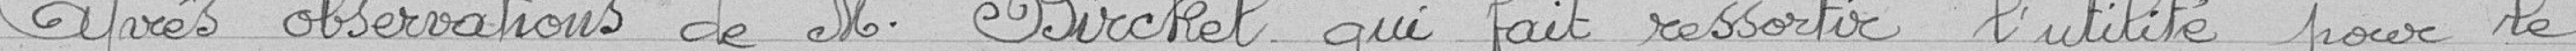
Après observations de M. Birckel qui fait ressortir l'utilité pour le